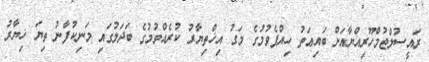
ރައީސުލްޖުމްހޫރިއްޔާއަށް ބައިޢަތު ހިއްޕެވުމުގެ މަގު އިޚްތިޔާރު ކުރެއްވުމުގެ ބަދަލުގައި މަނިކުފާނު ތިޔަ ޚިޔާރު